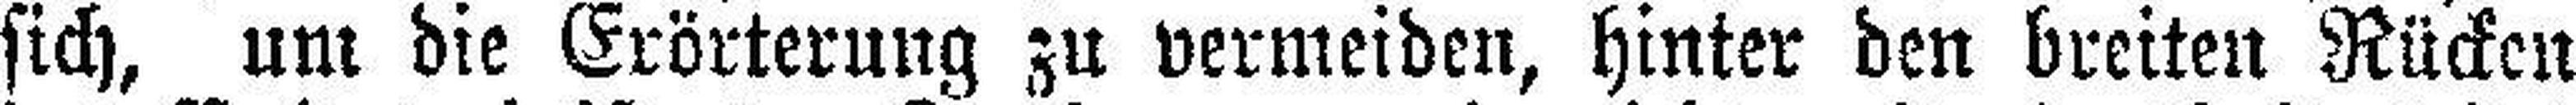
sich, um die Erörterung zu vermeiden, hinter den breiten Rücken